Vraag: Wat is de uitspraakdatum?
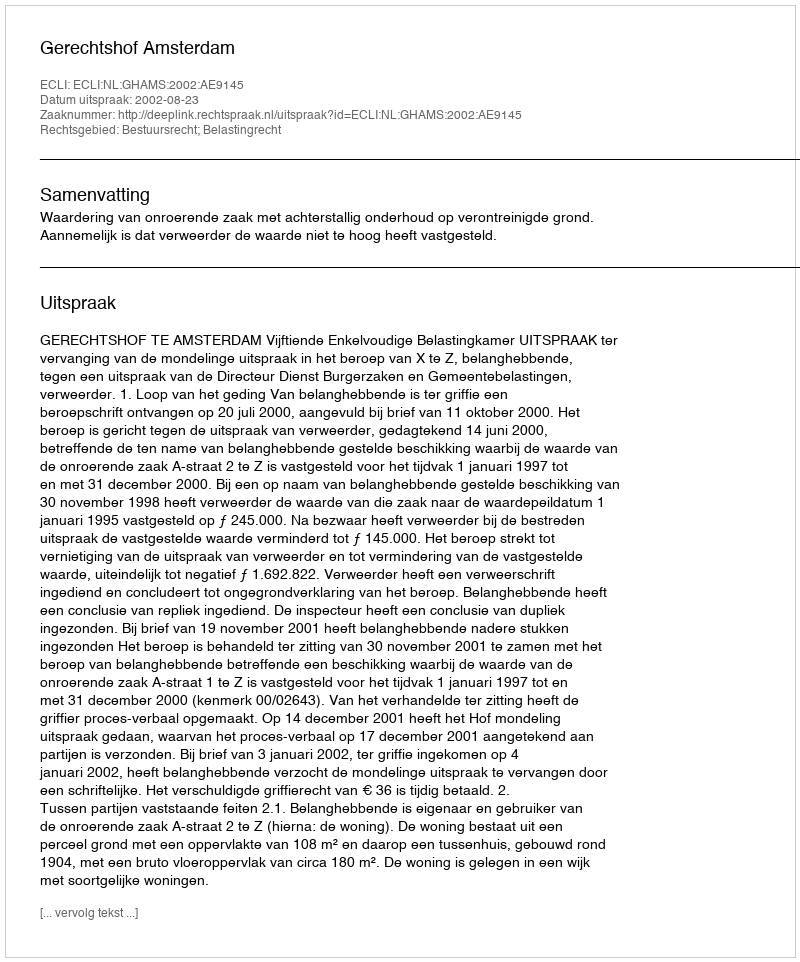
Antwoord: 2002-08-23